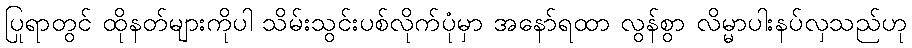
ပြုရာတွင် ထိုနတ်များကိုပါ သိမ်းသွင်းပစ်လိုက်ပုံမှာ အနော်ရထာ လွန်စွာ လိမ္မာပါးနပ်လှသည်ဟု